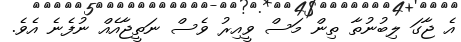
އެ ޖާގަ ލިބުނުތާ ތިން މަސް ވީއިރު ވެސް ނަތީޖާއެއް ނުފެނެ އެވެ.